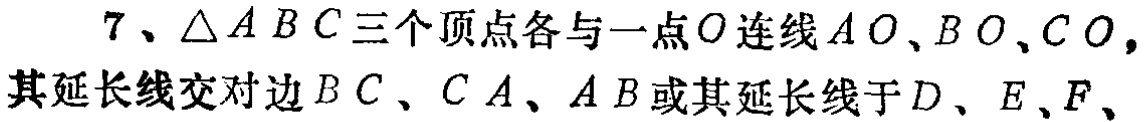
7、$\triangle ABC$三个顶点各与一点$O$连线$AO、BO、CO,$其延长线交对边$BC、CA、AB$或其延长线于$D、E、F,$